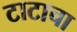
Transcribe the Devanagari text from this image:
टाटाचा